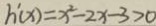
h ^ { \prime } ( x ) = x ^ { 2 } - 2 x - 3 > 0